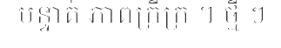
បន្ទាត់ ភាពក្រីក្រ ។ ថ្មី ៗ